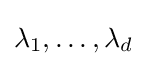
\lambda _{1},\dots ,\lambda _{d}